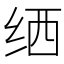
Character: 𬘟